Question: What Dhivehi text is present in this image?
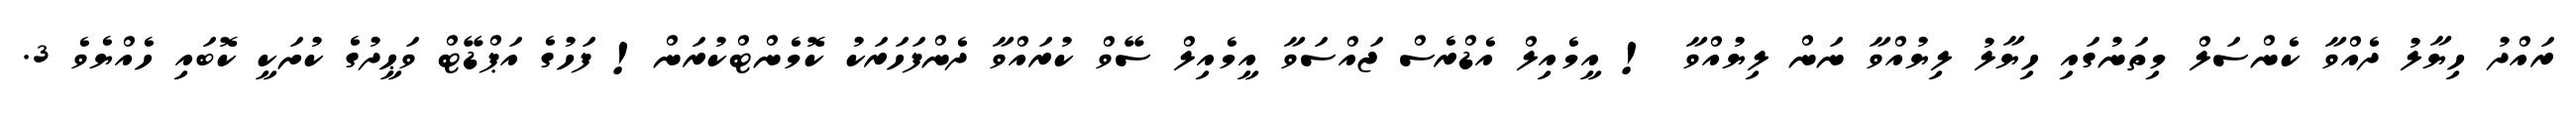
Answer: ރައްދު ހިޔާލު ދެއްވާ ކެންސަލް މިތަނުގައި ހިޔާލު ލިޔުއްވާ ނަން ލިޔުއްވާ ! އީމެއިލް އެޑްރެސް ޖައްސަވާ އީމެއިލް ސޭވް ކުރައްވާ ދެންފަހަރަކު ކޮމެންޓްކުރަން! ފަހުގެ އަޕްޑޭޓް ވަޙީދުގެ ކުށަކީ ކޮބައި ހެއްޔެވެ 3.